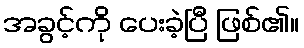
အခွင့်ကို ပေးခဲ့ပြီ ဖြစ်၏။